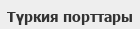
Түркия порттары